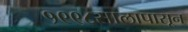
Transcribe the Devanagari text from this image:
१९९८सालापासून